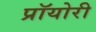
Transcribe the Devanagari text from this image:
प्रॉयोरी